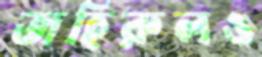
জহিরুলও